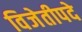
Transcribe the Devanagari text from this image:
विजेतीपदे